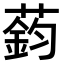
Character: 𫉟